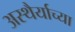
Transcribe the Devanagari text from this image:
अस्थैर्याच्या